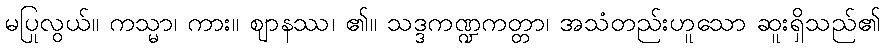
မပြုလွယ်။ ကသ္မာ၊ ကား။ ဈာနဿ၊ ၏။ သဒ္ဒကဏ္ဍကတ္တာ၊ အသံတည်းဟူသော ဆူးရှိသည်၏